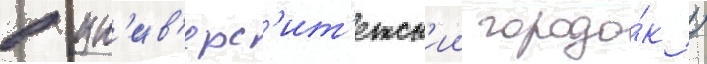
в ун'ив'ерс'ит'етск'ии городо́к /